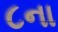
૮ના